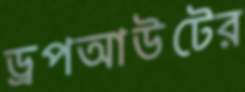
ড্রপআউটের